Preliminary report on an investigation into the etiology of Oriental sore in Cambay - Number 50
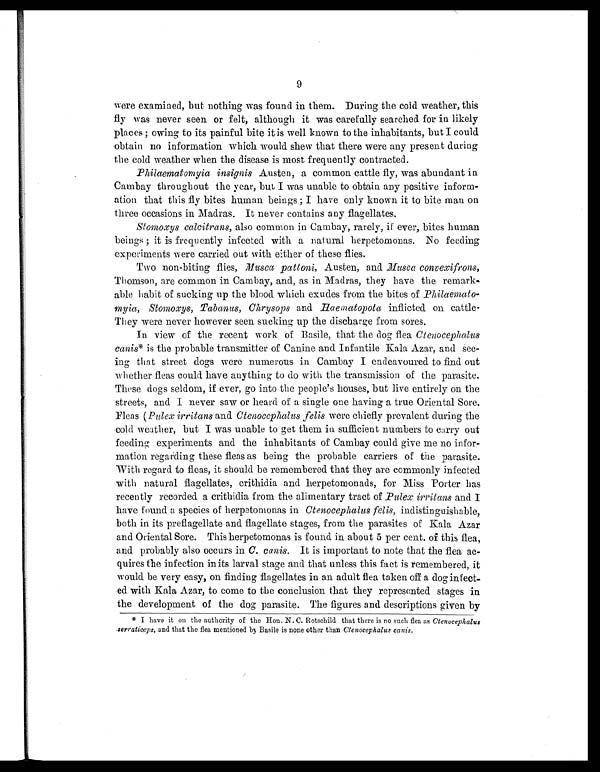
9
were examined, but nothing was found in them. During the cold weather, this
fly was never seen or felt, although it was carefully searched for in likely
places ; owing to its painful bite it is well known to the inhabitants, but I could
obtain no information which would spew that there were any present during
the cold weather when the disease is most frequently contracted.
Philaematomyia insignis Austen, a common cattle fly, was abundant in
Cambay throughout the year, but I was unable to obtain any positive inform
-ation that this fly bites human beings ; I have only known it to bite man on
three occasions in Madras. It never contains any flagellates.
Stomoxys calcitrans, also common in Cambay, rarely, if ever, bites human
beings ; it is frequently infected with a natural herpetomonas. No feeding
experiments were carried out with either of these flies.
Two non-biting flies, Musca pattoni, Austen, and Musca convexifrons,
Thomson, are common in Cambay, and, as in Madras, they have the remark
-able habit of sucking up the blood which exudes from the bites of Philaemato
-myia, Stomoxys, Tabanus, Chrysops and Haematopota inflicted on cattle
.They were never however seen sucking up the discharge from sores.
In view of the recent work of Basile, that the dog flea Ctenocephalus
canis * is the probable transmitter of Canine and Infantile Kala Azar, and see
-ing that street dogs were numerous in Cambay I endeavoured to find out
whether fleas could have anything to do with the transmission of the parasite.
These dogs seldom, if ever, go into the people's houses, but live entirely on the
streets, and I never saw or heard of a single one having a true Oriental Sore.
Fleas ( Pulex irritans and Ctenocephalus felis were chiefly prevalent during the
cold weather, but I was unable to get them in sufficient numbers to carry out
feeding experiments and the inhabitants of Cambay could give me no infor
-mation regarding these fleas as being the probable carriers of the parasite.
With regard to fleas, it should be remembered that they are commonly infected
with natural flagellates, crithidia and herpetomonads, for Miss Porter has
recently recorded a crithidia from the alimentary tract of Pulex irritans and I
have found a species of herpetomonas in Ctenocephalus felis, indistinguishable,
both in its preflagellate and flagellate stages, from the parasites of Kala Azar
and Oriental Sore. This herpetomonas is found in about 5 per cent. of this flea,
and probably also occurs in C. canis . It is important to note that the flea ac
-quires the infection in its larval stage and that unless this fact is remembered, it
would be very easy, on finding flagellates in an adult flea taken off a dog infect
-ed with Kala Azar, to come to the conclusion that they represented stages in
the development of the dog parasite. The figures and descriptions given by
* I have it on the authority of the Hon. N. C. Rotschild that there is no such flea as Ctenocephalus
serraticeps, and that the flea mentioned by Basile is none other than Ctenocephalus canis.